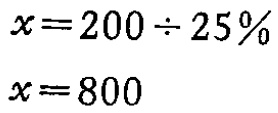
\[

\begin{align*}

x&=200\div 25\%\\

x&=800

\end{align*}

\]